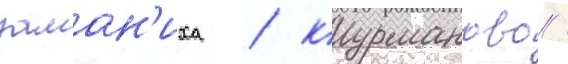
заман'иха / курманово /